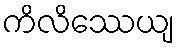
ကိလိဿေယျ